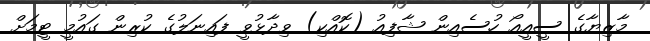
މާޒިޔާގެ ސީއީއޯ ހުސެއިން ޝާފިއު (ކޮއްކި) ވިދާޅުވީ ފައިނަލުގެ ކުރިން ގައުމީ ޓީމަށް